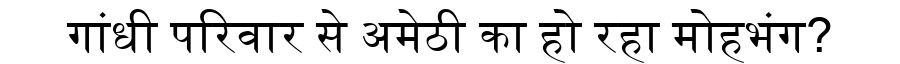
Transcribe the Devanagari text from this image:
गांधी परिवार से अमेठी का हो रहा मोहभंग?